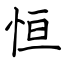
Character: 恒